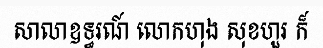
សាលាឧទ្ធរណ៍ លោកហុង សុខហួរ ក៏